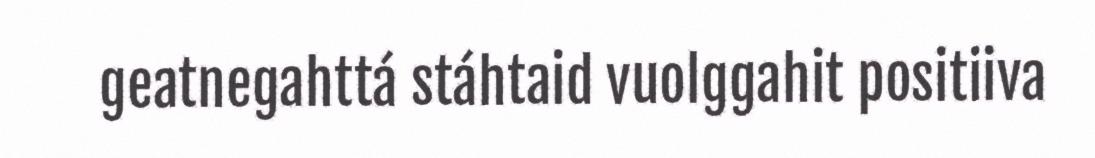
geatnegahttá stáhtaid vuolggahit positiiva